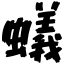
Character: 蟻